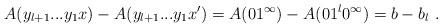
LaTeX: \begin{align*}A(y_{l+1}...y_1x) - A(y_{l+1}...y_1x') = A(01^\infty) - A(01^l0^\infty) = b-b_l \ .\end{align*}